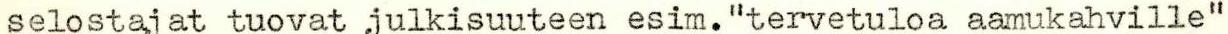
selostajat tuovat julkisuuteen esim."tervetuloa aamukahville"